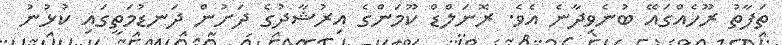
ތަފާތު ރޫހެއްގައޭ ބުނެވިދާނެ އެވެ. ރޮނަލްޑް ކޫމަންގެ އިރުޝާދުގެ ދަށުން ދަނޑުމަތީގައި ކުޅުނު